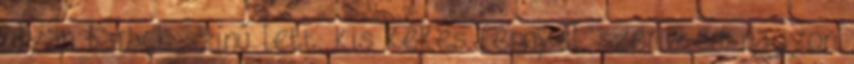
olyan barack színű lett, kis kékes fénnyel, szerintem nagyon